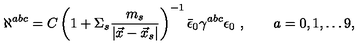
\aleph ^ { a b c } = C \left( 1 + \Sigma _ { s } { \frac { m _ { s } } { | \vec { x } - \vec { x } _ { s } | } } \right) ^ { - 1 } \bar { \epsilon } _ { 0 } \gamma ^ { a b c } \epsilon _ { 0 } \ , \qquad a = 0 , 1 , \dots 9 ,